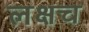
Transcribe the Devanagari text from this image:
लक्षच